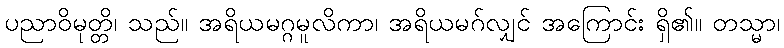
ပညာဝိမုတ္တိ၊ သည်။ အရိယမဂ္ဂမူလိကာ၊ အရိယမဂ်လျှင် အကြောင်း ရှိ၏။ တသ္မာ၊